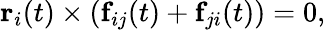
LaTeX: \textbf{r}_{i}(t)\times(\textbf{f}_{ij}(t)+\textbf{f}_{ji}(t))=0,